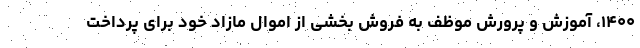
۱۴۰۰، آموزش و پرورش موظف به فروش بخشی از اموال مازاد خود برای پرداخت